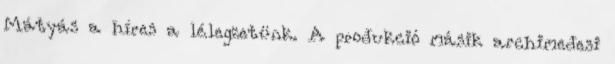
Mátyás a híres a lélegzetünk. A produkció másik archimedesi